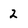
Character: 2